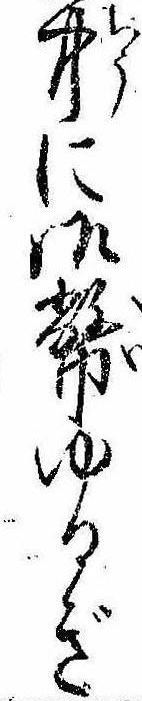
中に御幣ゆるぎ